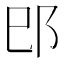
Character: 𰻠